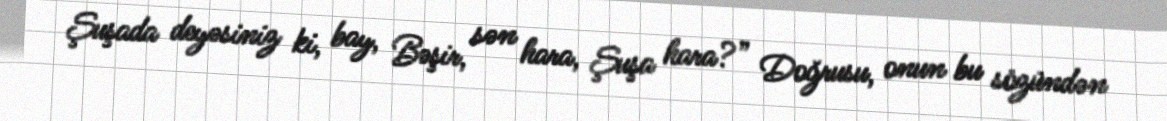
Şuşada deyəsiniz ki, bay, Bəşir, sən hara, Şuşa hara?” Doğrusu, onun bu sözündən